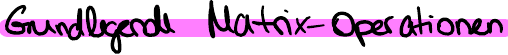
Grundlegende Matrix-Operationen